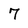
Character: 7